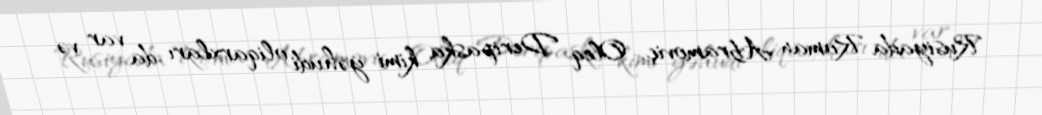
Rusiyada Roman Abramoviç, Oleq Deripaska kimi yəhudi oliqarxları da var və